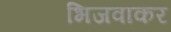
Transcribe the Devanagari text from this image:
भिजवाकर